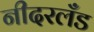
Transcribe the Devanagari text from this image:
नीदरलँड